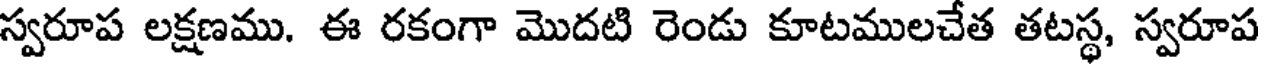
స్వరూప లక్షణము. ఈ రకంగా మొదటి రెండు కూటములచేత తటస్థ, స్వరూప